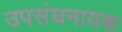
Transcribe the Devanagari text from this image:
उपसंघनायक